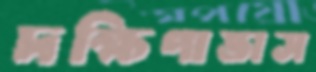
দক্ষিণাভাস